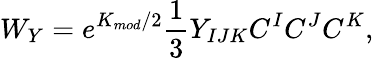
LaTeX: W_{Y}=e^{K_{mod}/2}\frac{1}{3}Y_{IJK}C^{I}C^{J}C^{K},